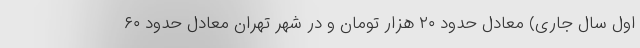
اول سال جاری) معادل حدود ۲۰ هزار تومان و در شهر تهران معادل حدود ۶۰